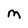
Character: M